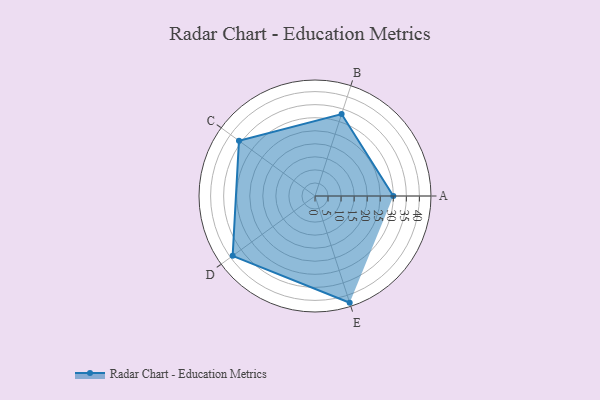
{"axis": {"x": "Skill", "y": "Score"}, "legend": ["Profile"], "data": [{"x": "A", "y": 30.0, "type": "Profile"}, {"x": "B", "y": 33.0, "type": "Profile"}, {"x": "C", "y": 36.0, "type": "Profile"}, {"x": "D", "y": 39.0, "type": "Profile"}, {"x": "E", "y": 43.0, "type": "Profile"}]}